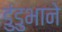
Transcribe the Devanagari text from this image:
डुंडुभाने